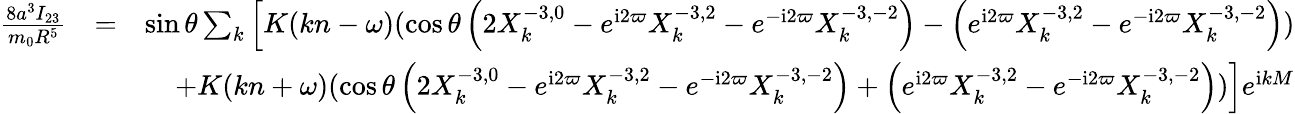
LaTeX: \begin{array}{rlr}{\frac{8a^{3}I_{23}}{m_{0}R^{5}}}&{=}&{\sin\theta\sum_{k}\Big[K(kn-\omega)(\cos\theta\left(2X_{k}^{-3,0}-e^{\mathrm{i}2\varpi}X_{k}^{-3,2}-e^{-\mathrm{i}2\varpi}X_{k}^{-3,-2}\right)-\left(e^{\mathrm{i}2\varpi}X_{k}^{-3,2}-e^{-\mathrm{i}2\varpi}X_{k}^{-3,-2}\right))}\\ &{}&{+K(kn+\omega)(\cos\theta\left(2X_{k}^{-3,0}-e^{\mathrm{i}2\varpi}X_{k}^{-3,2}-e^{-\mathrm{i}2\varpi}X_{k}^{-3,-2}\right)+\left(e^{\mathrm{i}2\varpi}X_{k}^{-3,2}-e^{-\mathrm{i}2\varpi}X_{k}^{-3,-2}\right))\Big]e^{\mathrm{i}kM}}\end{array}